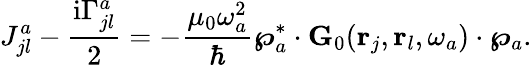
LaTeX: J_{jl}^{a}-\frac{\mathrm{i}\Gamma_{jl}^{a}}{2}=-\frac{\mu_{0}\omega_{a}^{2}}{\hbar}\boldsymbol{\wp}_{a}^{*}\cdot{\mathbf G}_{0}({\mathbf r}_{j},{\mathbf r}_{l},\omega_{a})\cdot\boldsymbol{\wp}_{a}.